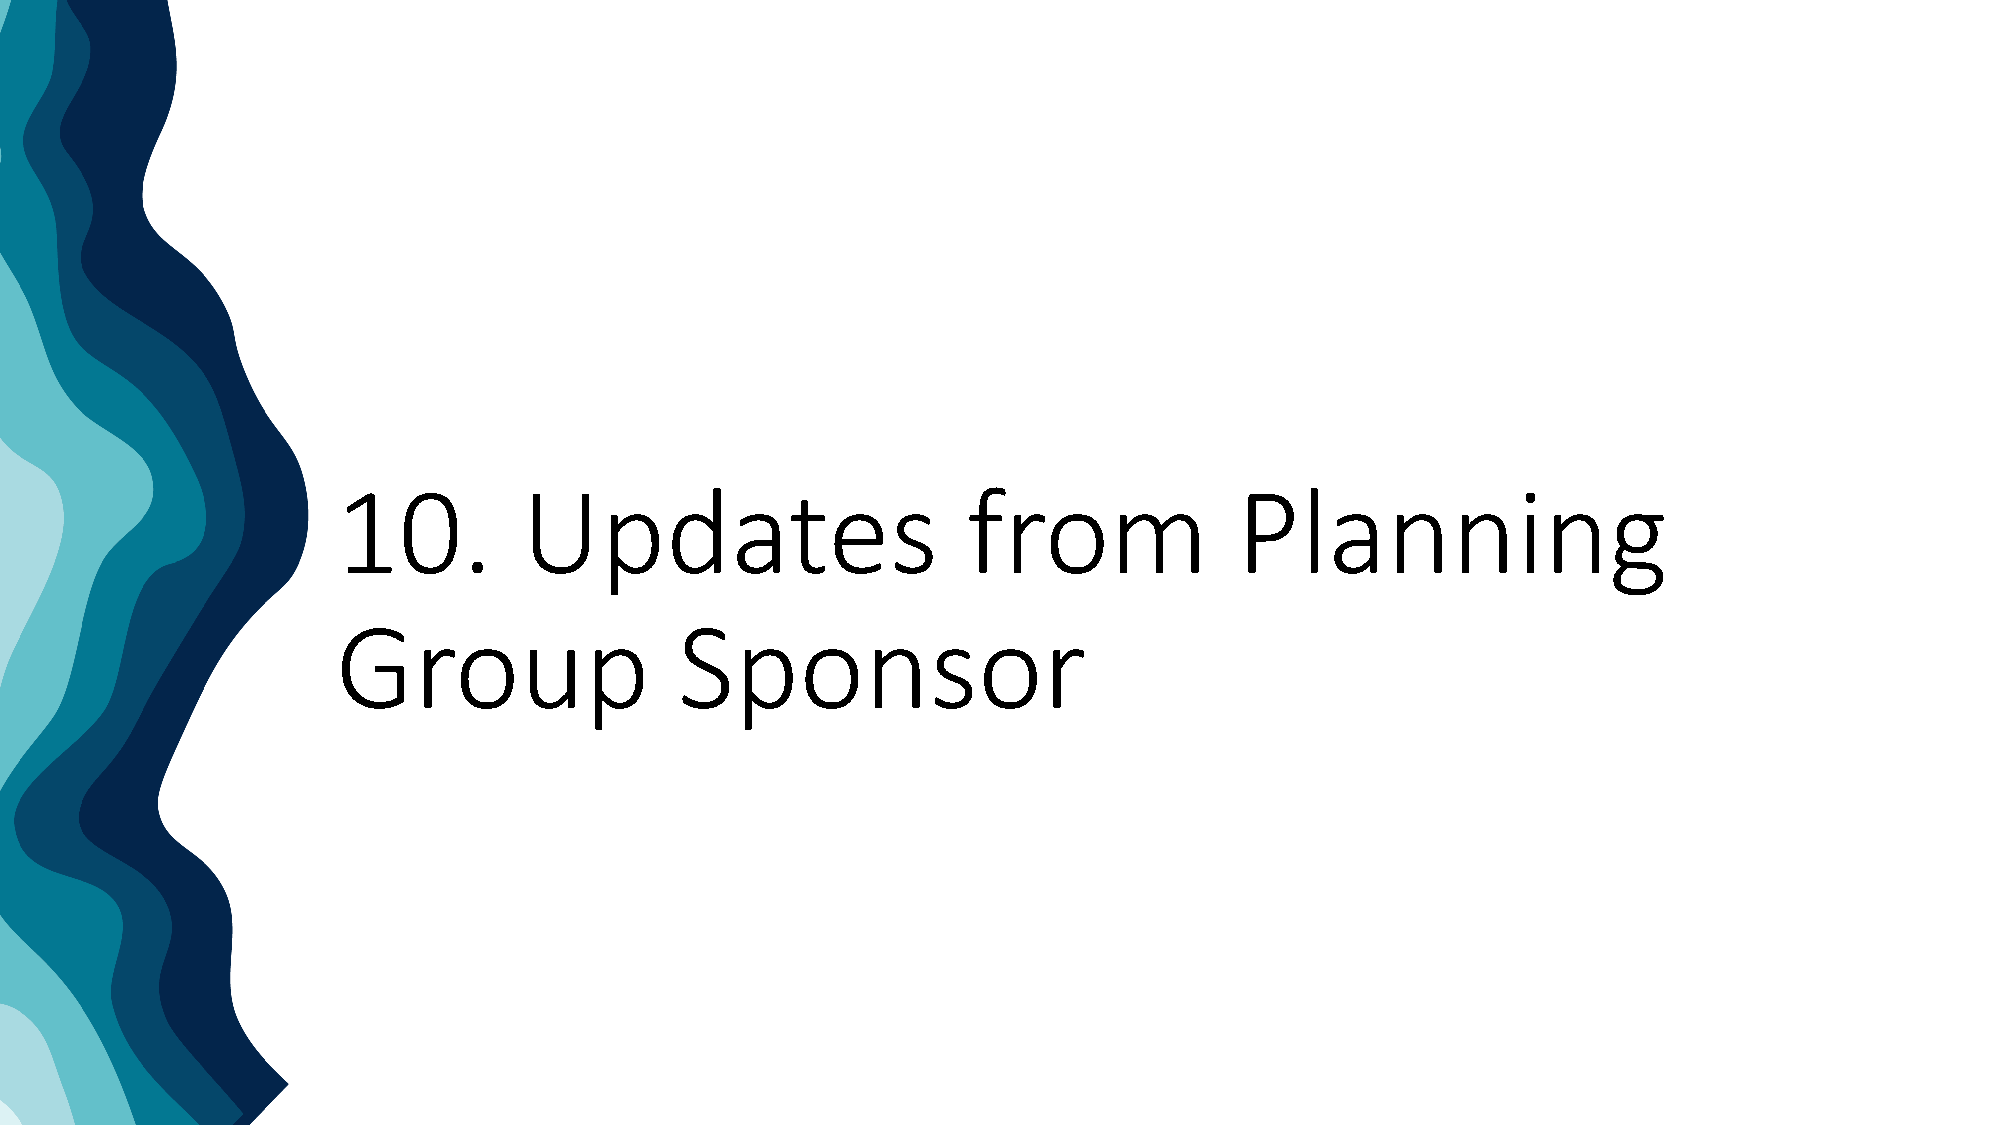
10.         Updates                       from              Planning
 Group                  Sponsor